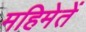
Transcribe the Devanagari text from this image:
महिमेतें